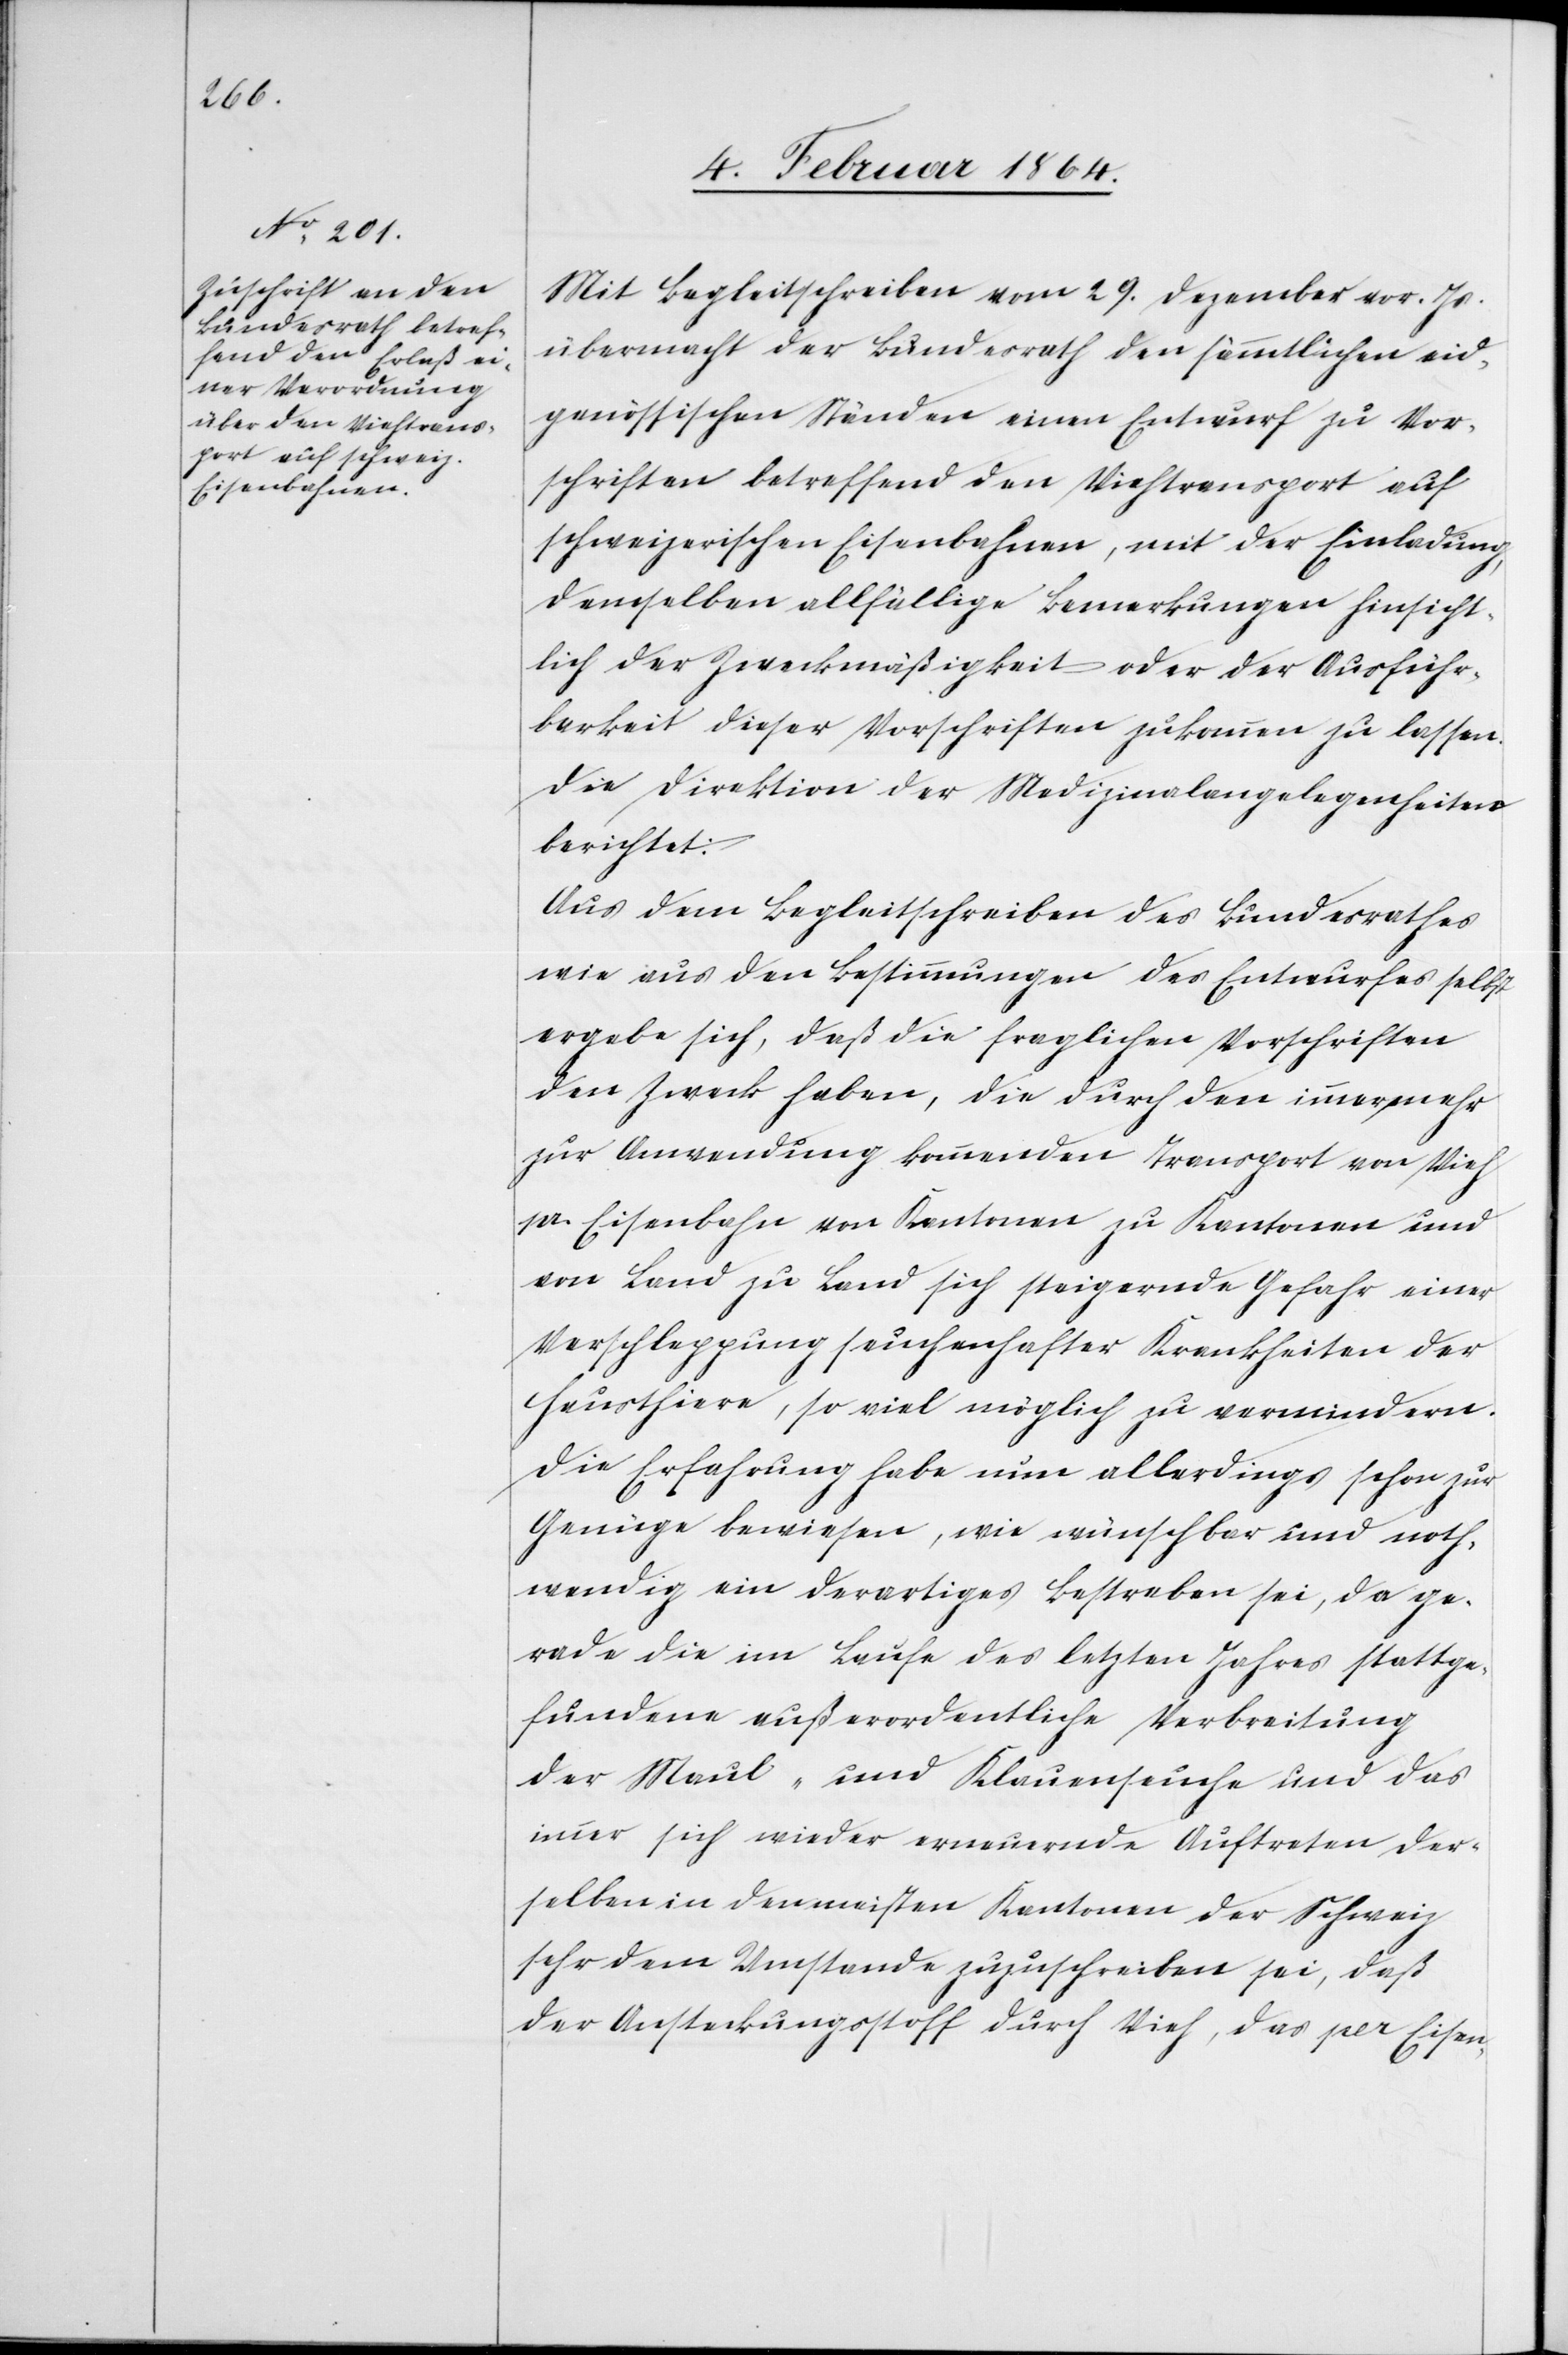
Mit Begleitschreiben vom 29. Dezember vor. Js.
übermacht der Bundesrath den sämmtlichen eid¬
genössischen Ständen einen Entwurf zu Vor¬
schriften betreffend den Viehtransport auf
schweizerischen Eisenbahnen, mit der Einladung,
denselben allfällige Bemerkungen hinsicht¬
lich der Zweckmäßigkeit oder der Ausführ¬
barkeit dieser Vorschriften zukommen zu lassen.
Die Direktion der Medizinalangelegenheiten
berichtet:
Aus dem Begleitschreiben des Bundesrathes
wie aus den Bestimmungen des Entwurfes selbst
ergebe sich, daß die fraglichen Vorschriften
den Zweck haben, die durch den immer mehr
zur Anwendung kommenden Transport von Vieh
per Eisenbahn von Kantonen zu Kantonen und
von Land zu Land sich steigernde Gefahr einer
Verschleppung seuchenhafter Krankheiten der
Hausthiere, so viel möglich zu vermindern.
Die Erfahrung habe nun allerdings schon zur
Genüge bewiesen, wie wünschbar und noth¬
wendig ein derartiges Bestreben sei, da ge¬
rade die im Laufe des letzten Jahres stattge¬
fundene außerordentliche Verbreitung
der Maul- und Klauenseuche und das
immer sich wieder erneuernde Auftreten der¬
selben in den meisten Kantonen der Schweiz
sehr dem Umstande zuzuschreiben sei, daß
der Ansteckungsstoff durch Vieh, das per Eisen-